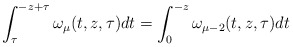
\begin{align*}\int_{\tau}^{-z+\tau}\omega_\mu (t,z,\tau )dt=\int_0^{-z}\omega_{\mu -2}(t,z,\tau)dt\end{align*}